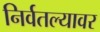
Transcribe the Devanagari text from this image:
निर्वतल्यावर